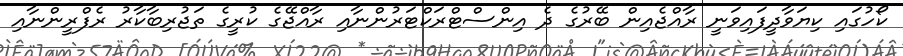
ކޯހުގައި ކިޔަވާދީފައިވަނީ ރާއްޖެއިން ބޭރުގެ ދެ އިންސްޓްރަކްޓަރުންނާއި ރާއްޖޭގެ ކުރީގެ ތަޖުރިބާކާރު ރެފްރީންނާއި